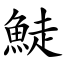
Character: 鯐